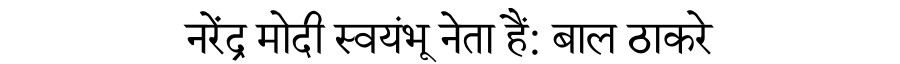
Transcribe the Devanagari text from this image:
नरेंद्र मोदी स्वयंभू नेता हैं: बाल ठाकरे